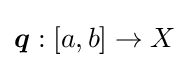
{\boldsymbol {q}}:[a,b]\to X